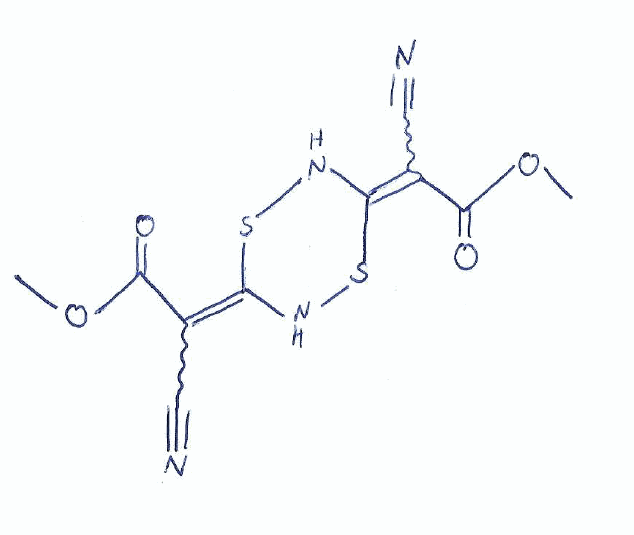
Simplified molecular-input line-entry system (SMILES) notation of the given molecule:
COC(=O)C(=C1NSC(=C(C#N)C(=O)OC)NS1)C#N